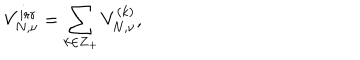
LaTeX: V _ { N , \nu } ^ { i r r } = \sum _ { k \in { \bf Z } _ { + } } V _ { N , \nu } ^ { ( k ) } ,